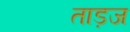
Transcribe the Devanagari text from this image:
ताड़ज